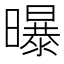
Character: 曝